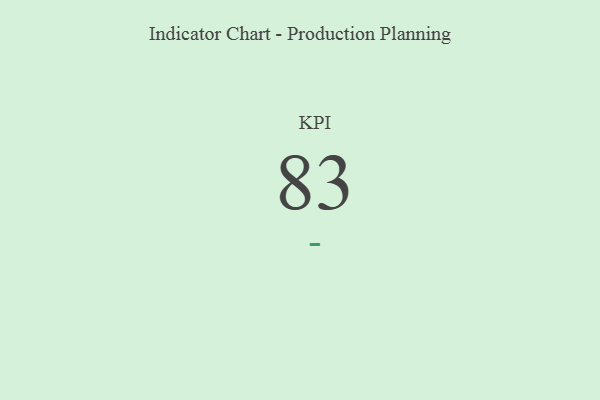
{"axis": {"x": "KPI", "y": "Value"}, "legend": [""], "data": [{"x": "KPI", "y": 83, "type": ""}]}